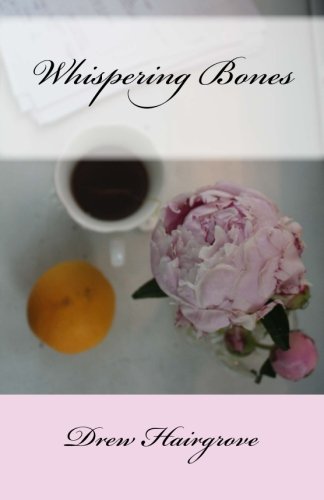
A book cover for Whispering Bones; Drew Hairgrove; Literature & Fiction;